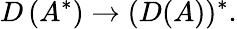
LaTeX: D\left(A^{*}\right)\to(D(A))^{*}.